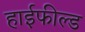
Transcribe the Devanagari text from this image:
हाईफील्ड